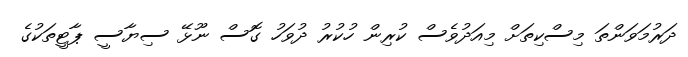
ދަރުމަވަންތަ މިސްކިތަށް މިއަދުވެސް ކުރިން ހުކުރު ދުވަހު ގޮސް ނޫޅޭ ސިޔާސީ ޕާޓީތަކުގެ